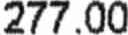
277.00